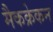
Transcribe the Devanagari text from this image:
मैकक्रेकन